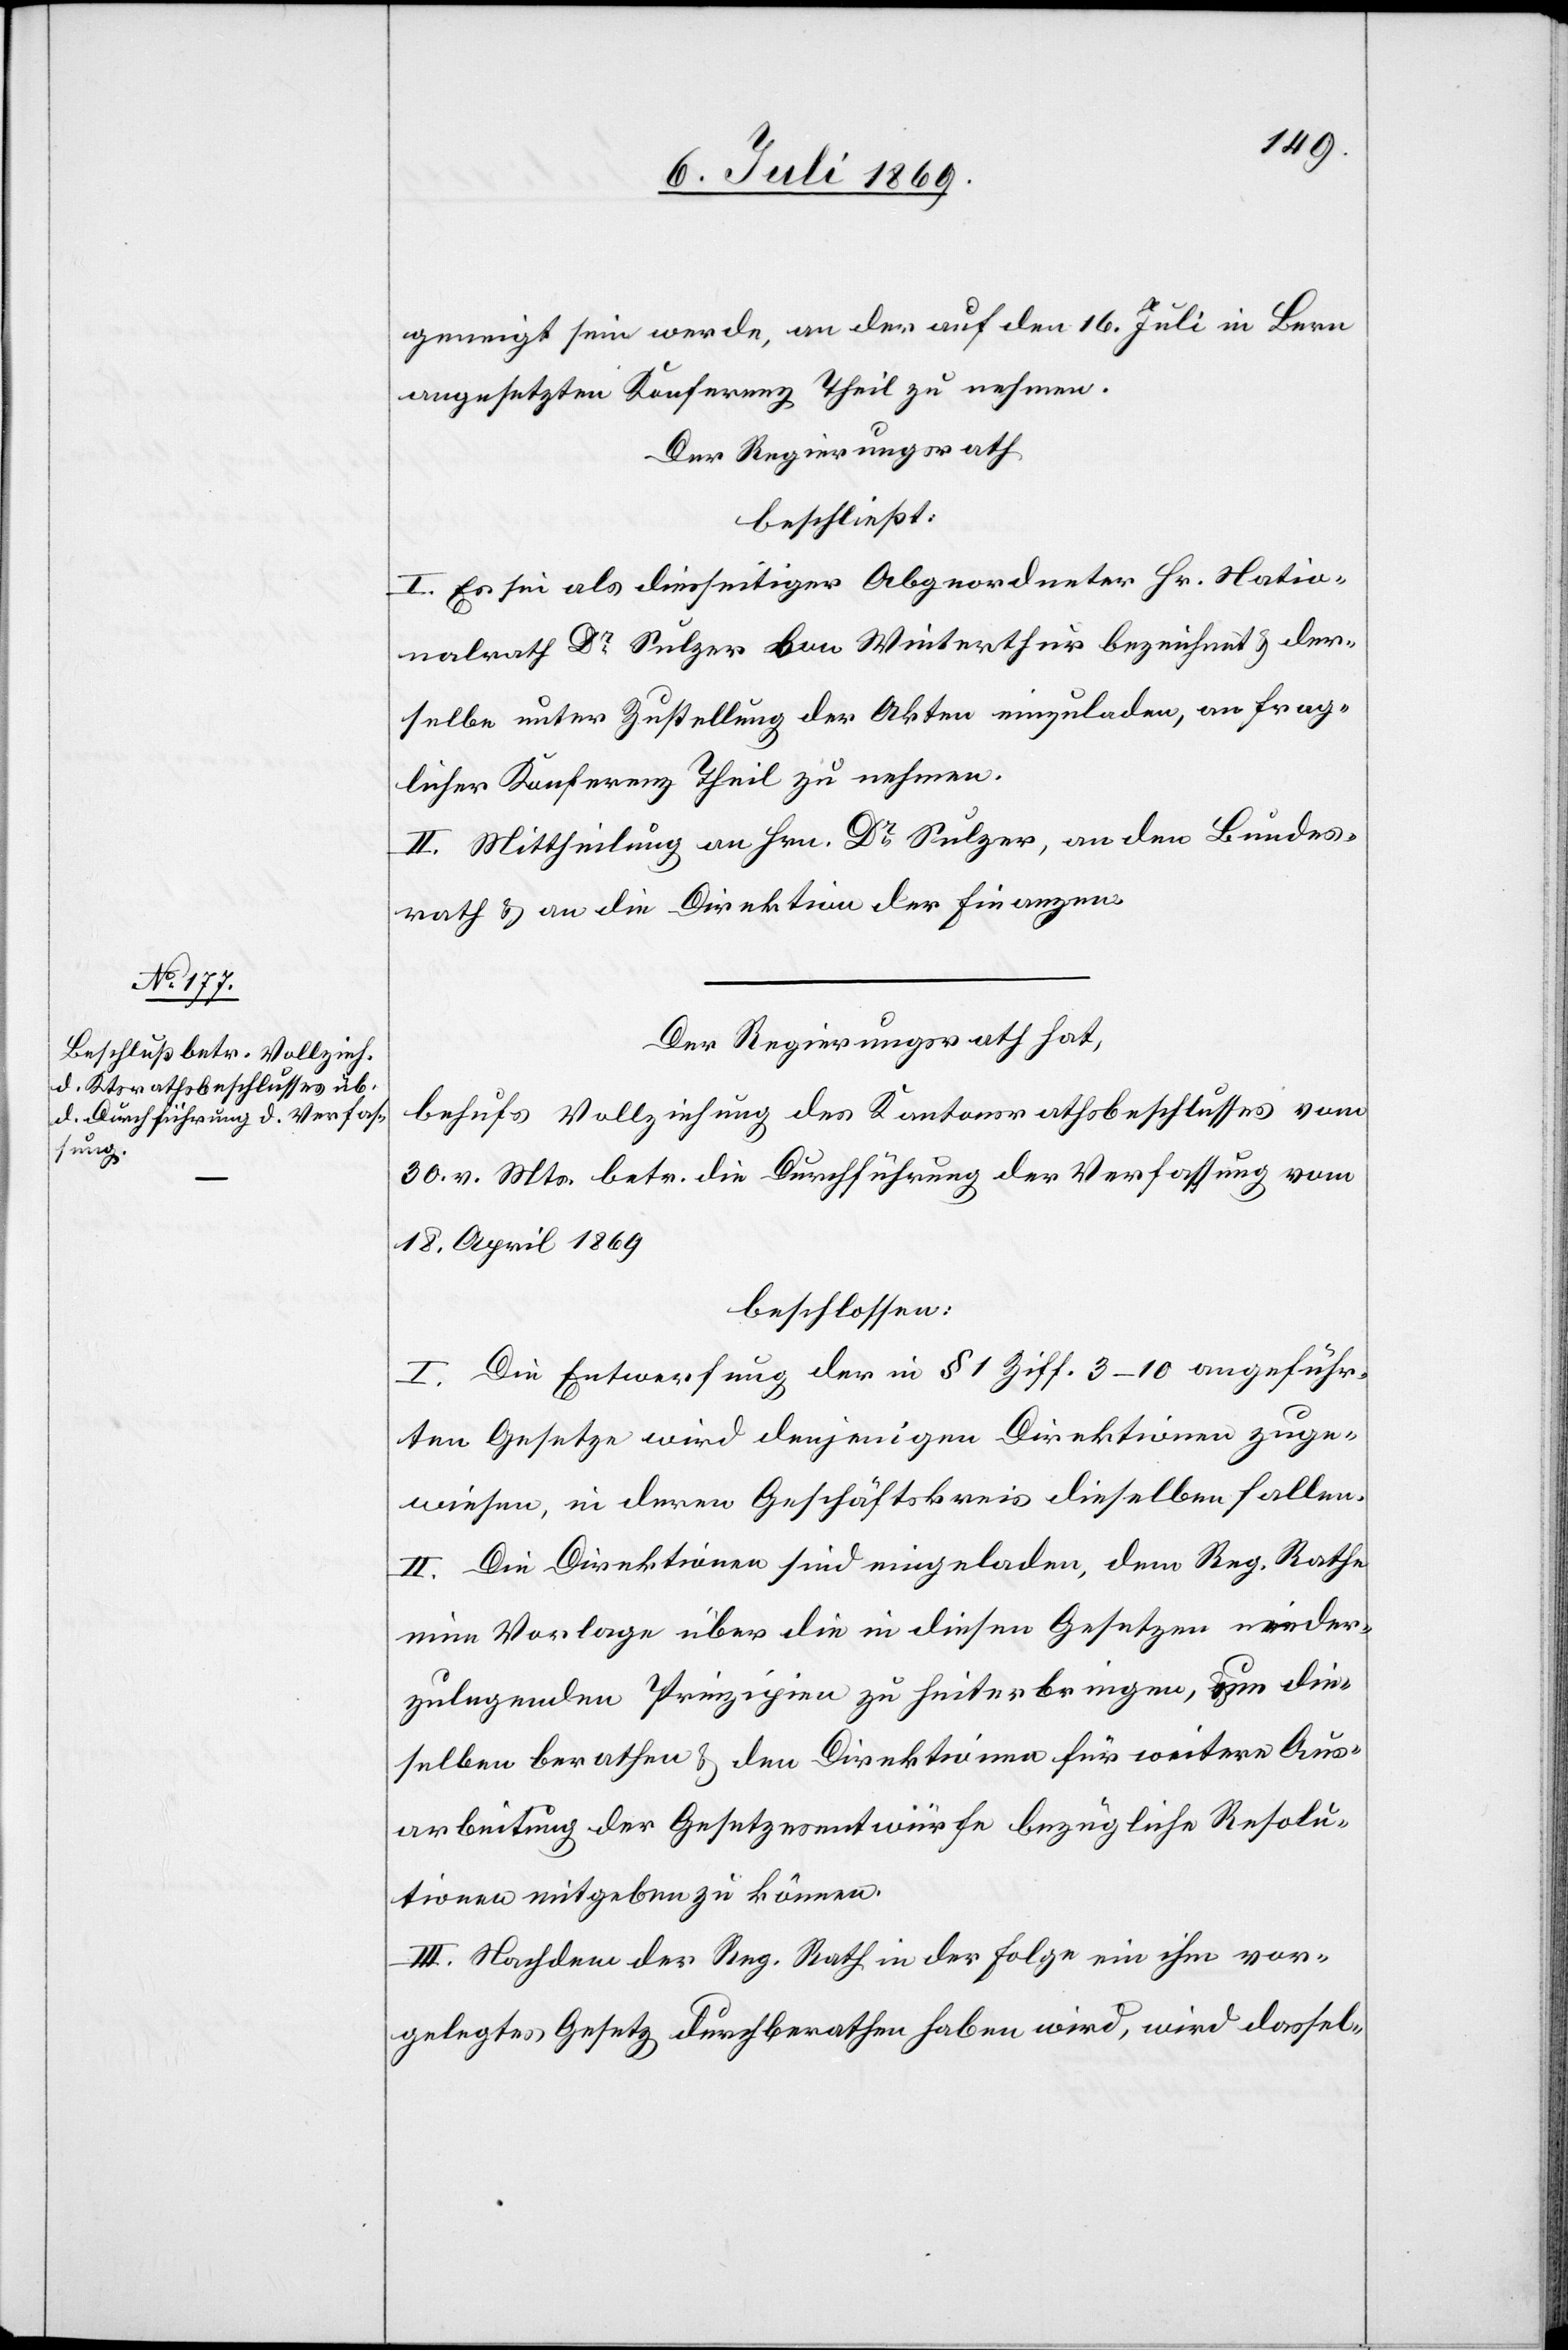
geneigt sein werde, an der auf den 16 Juli in Bern
angesetzten Konferenz Theil zu nehmen.
Der Regierungsrath
beschließt:
I. Es sei als diesseitiger Abgeordneter Hr. Natio¬
nalrath Dr Sulzer von Winterthur bezeichnet u. der¬
selbe unter Zustellung der Akten einzuladen, an frag¬
licher Konferenz Theil zu nehmen.
II. Mittheilung an Hrn. Dr Sulzer, an den Bundes¬
rath u. an die Direktion der Finanzen.
Der Regierungsrath hat,
behufs Vollziehung des Kantonsrathsbeschlusses vom
30 v. Mts. betr. die Durchführung der Verfassung vom
18 April 1869
beschlossen:
I. Die Entwerfung der in § 1 Ziff. 3–10 angeführ¬
ten Gesetze wird denjenigen Direktionen zuge¬
wiesen, in deren Geschäftskreis dieselben fallen.
II. Die Direktionen sind eingeladen, dem Reg. Rathe
eine Vorlage über die in diesen Gesetzen nieder¬
zulegenden Prinzipien zu hinterbringen, um die¬
selben berathen u. den Direktionen für weitere Aus¬
arbeitung der Gesetzesentwürfe bezügliche Resolu¬
tionen mitgeben zu können.
III. Nachdem der Reg. Rath in der Folge ein ihm vor¬
gelegtes Gesetz durchberathen haben wird, wird dassel-